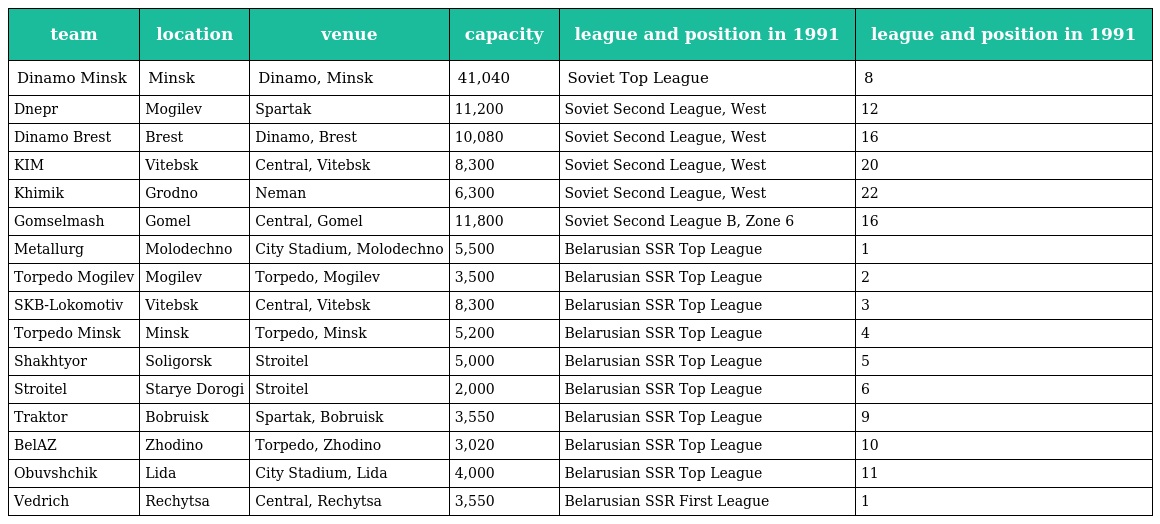
| team | location | venue | capacity | league and position in 1991 | league and position in 1991 |
 | --- | --- | --- | --- | --- | --- |
 | Dinamo Minsk | Minsk | Dinamo, Minsk | 41,040 | Soviet Top League | 8 |
 | Dnepr | Mogilev | Spartak | 11,200 | Soviet Second League, West | 12 |
 | Dinamo Brest | Brest | Dinamo, Brest | 10,080 | Soviet Second League, West | 16 |
 | KIM | Vitebsk | Central, Vitebsk | 8,300 | Soviet Second League, West | 20 |
 | Khimik | Grodno | Neman | 6,300 | Soviet Second League, West | 22 |
 | Gomselmash | Gomel | Central, Gomel | 11,800 | Soviet Second League B, Zone 6 | 16 |
 | Metallurg | Molodechno | City Stadium, Molodechno | 5,500 | Belarusian SSR Top League | 1 |
 | Torpedo Mogilev | Mogilev | Torpedo, Mogilev | 3,500 | Belarusian SSR Top League | 2 |
 | SKB-Lokomotiv | Vitebsk | Central, Vitebsk | 8,300 | Belarusian SSR Top League | 3 |
 | Torpedo Minsk | Minsk | Torpedo, Minsk | 5,200 | Belarusian SSR Top League | 4 |
 | Shakhtyor | Soligorsk | Stroitel | 5,000 | Belarusian SSR Top League | 5 |
 | Stroitel | Starye Dorogi | Stroitel | 2,000 | Belarusian SSR Top League | 6 |
 | Traktor | Bobruisk | Spartak, Bobruisk | 3,550 | Belarusian SSR Top League | 9 |
 | BelAZ | Zhodino | Torpedo, Zhodino | 3,020 | Belarusian SSR Top League | 10 |
 | Obuvshchik | Lida | City Stadium, Lida | 4,000 | Belarusian SSR Top League | 11 |
 | Vedrich | Rechytsa | Central, Rechytsa | 3,550 | Belarusian SSR First League | 1 |